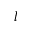
^ l